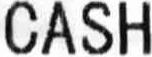
CASH